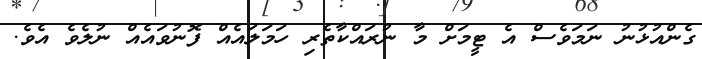
ގެންއުޅުނު ނަމަވެސް އެ ޓީމަށް މާ ނުރައްކާތެރި ހަމަލައެއް ފޮނުވައެއް ނުލެވެ އެވެ.